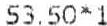
53.50*1